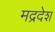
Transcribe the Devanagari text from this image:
मद्रदेश